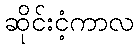
ဆိုင်းငံ့ကာလ